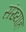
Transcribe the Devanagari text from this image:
संख्याह